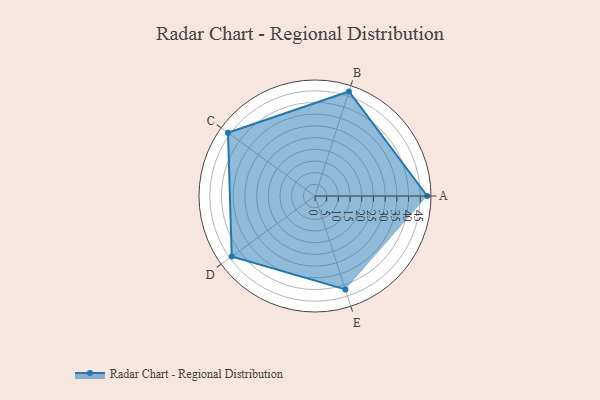
{"axis": {"x": "Skill", "y": "Score"}, "legend": ["Profile"], "data": [{"x": "A", "y": 48.0, "type": "Profile"}, {"x": "B", "y": 47.0, "type": "Profile"}, {"x": "C", "y": 46.0, "type": "Profile"}, {"x": "D", "y": 44.0, "type": "Profile"}, {"x": "E", "y": 42.0, "type": "Profile"}]}